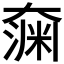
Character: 𫯶